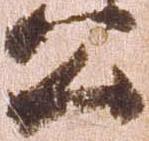
公